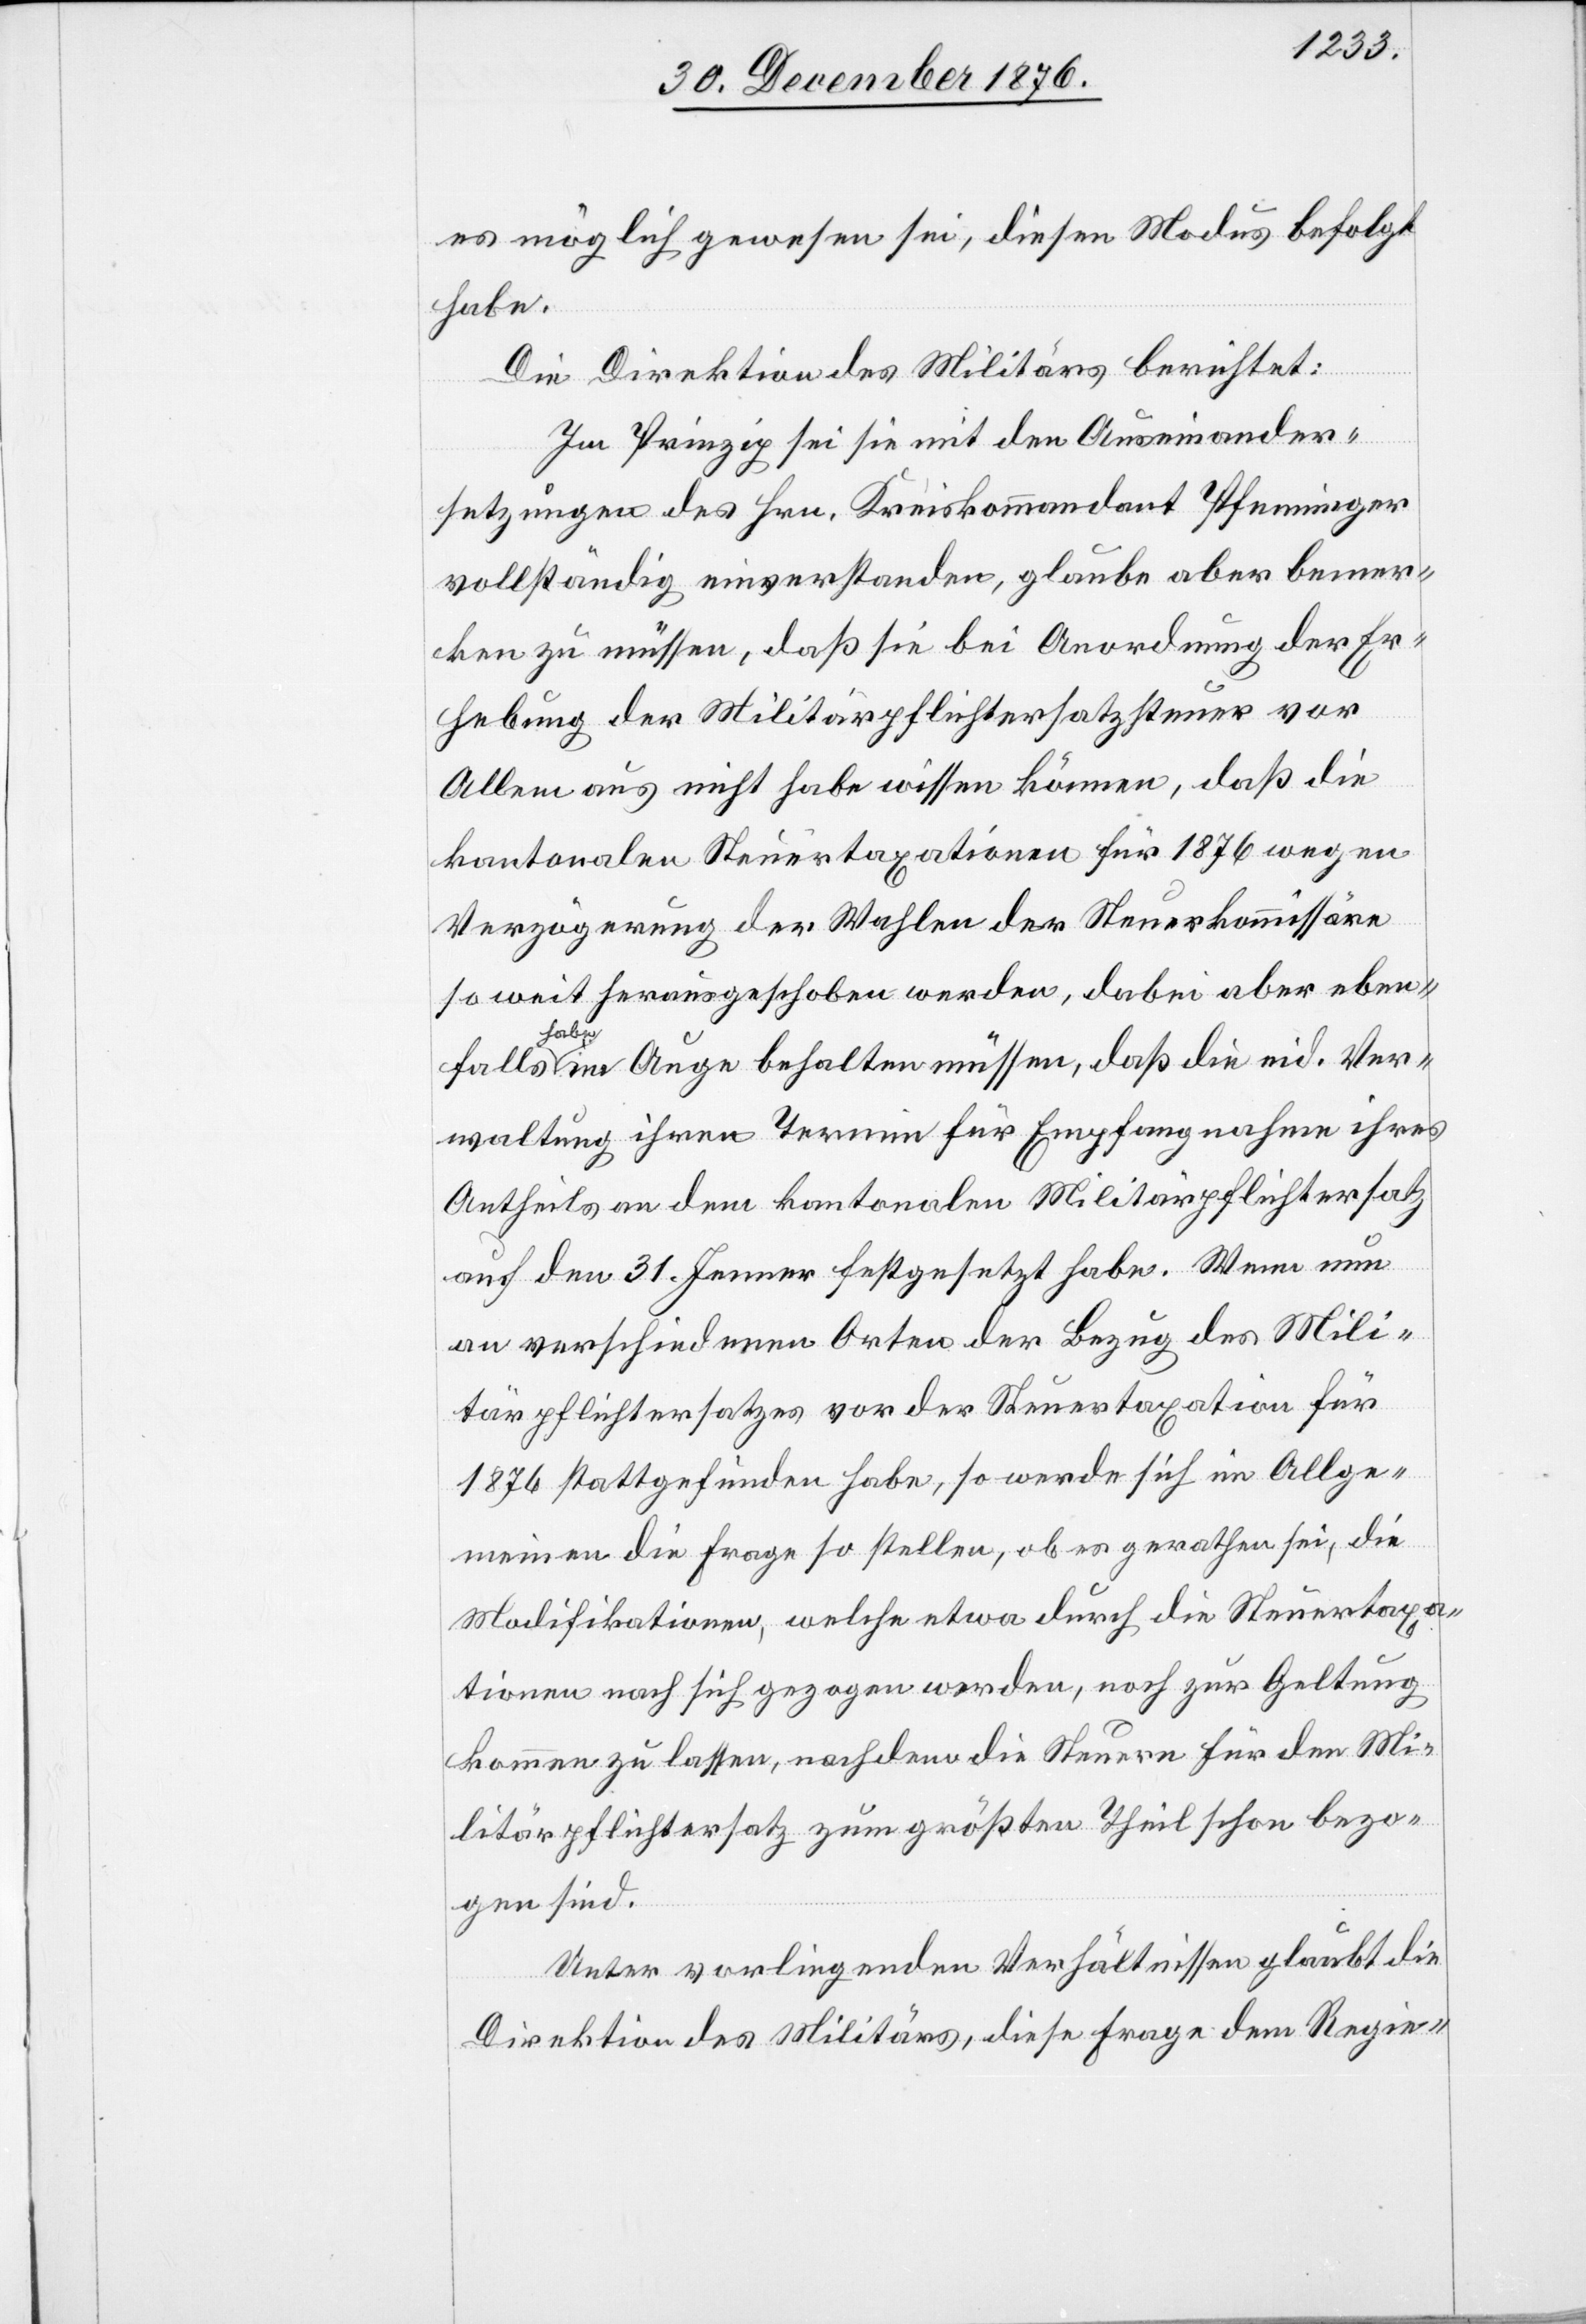
es möglich gewesen sei, diesen Modus befolgt
habe.
Die Direktion des Militärs berichtet:
Im Prinzip sei sie mit den Auseinander¬
setzungen des Hrn. Kreiskommandant Pfenninger
vollständig einverstanden, glaube aber bemer¬
ken zu müssen, daß sie bei Anordnung der Er¬
hebung der Militärpflichtersatzsteuer vor
Allem aus nicht habe wissen können, daß die
kantonalen Steuertaxationen für 1876 wegen
Verzögerung der Wahlen der Steuerkommissäre
so weit herausgeschoben werden, dabei aber eben¬
falls
habe im Auge behalten müssen, daß die eid. Ver¬
waltung ihren Termin für Empfangnahme ihres
Antheils an dem kantonalen Militärpflichtersatz
auf den 31. Jenner festgesetzt habe. Wenn nun
an verschiedenen Orten der Bezug des Mili¬
tärpflichtersatzes vor der Steuertaxation für
1876 stattgefunden habe, so werde sich im Allge¬
meinen die Frage so stellen, ob es gerathen sei, die
Modifikationen, welche etwa durch die Steuertaxa¬
tionen nach sich gezogen werden, noch zur Geltung
kommen zu lassen, nachdem die Steuern für den Mi¬
litärpflichtersatz zum größten Theil schon bezo¬
gen sind.
Unter vorliegenden Verhältnissen glaubt die
Direktion des Militärs, diese Frage dem Regie-